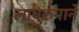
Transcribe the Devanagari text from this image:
लाघुरुपाने